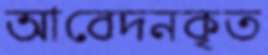
আবেদনকৃত